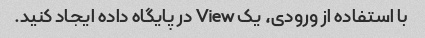
با استفاده از ورودی، یک View در پایگاه داده ایجاد کنید.